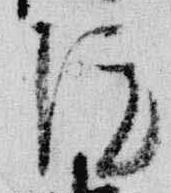
院